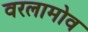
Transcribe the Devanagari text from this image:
वरलामोव